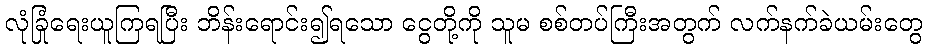
လုံခြုံရေးယူကြရပြီး ဘိန်းရောင်း၍ရသော ငွေတို့ကို သူမ စစ်တပ်ကြီးအတွက် လက်နက်ခဲယမ်းတွေ